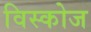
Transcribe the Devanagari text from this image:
विस्कोज